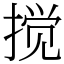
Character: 搅